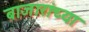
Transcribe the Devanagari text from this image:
बाजारांच्या